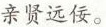
亲贤远佞。